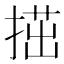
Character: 𢱝